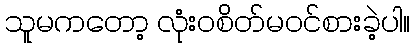
သူမကတော့ လုံးဝစိတ်မဝင်စားခဲ့ပါ။